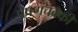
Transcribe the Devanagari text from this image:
पेषणचक्की